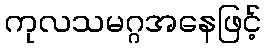
ကုလသမဂ္ဂအနေဖြင့်